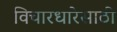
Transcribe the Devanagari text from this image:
विचारधारेसाठी